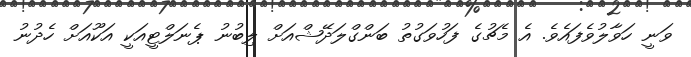
ވަނީ ހަވާލުވެފައެވެ. އެ މެޗުގެ ފަހުވަގުތު ބަންގްލަދޭޝްއަށް ލިބުނު ޕެނަލްޓީއަކީ އަކޫއަށް ހެދުނު